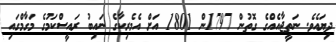
ދިޔައެވެ. ނަތީޖާއެއްގެ ގޮތުން 1797ން 1801 އަށް އެމެރިކާގެ ނައިބު ރައީސްކަމުގެ މަގާމްގައި